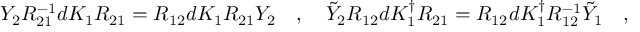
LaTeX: Y _ { 2 } R _ { 2 1 } ^ { - 1 } d K _ { 1 } R _ { 2 1 } = R _ { 1 2 } d K _ { 1 } R _ { 2 1 } Y _ { 2 } \quad , \quad \tilde { Y } _ { 2 } R _ { 1 2 } d K _ { 1 } ^ { \dagger } R _ { 2 1 } = R _ { 1 2 } d K _ { 1 } ^ { \dagger } R _ { 1 2 } ^ { - 1 } \tilde { Y } _ { 1 } \quad ,